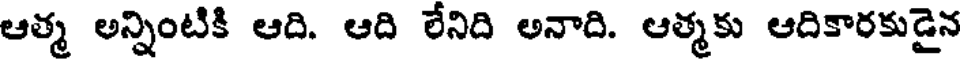
ఆత్మ అన్నింటికి ఆది. ఆది లేనిది అనాది. ఆత్మకు ఆదికారకుడైన